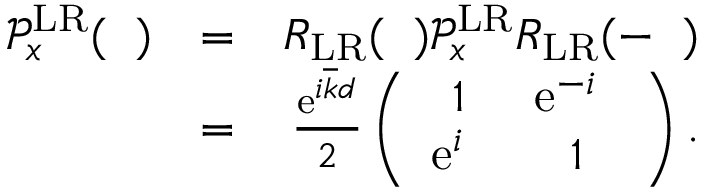
\begin{array} { r l r } { \mathcal { P } _ { x } ^ { \mathrm { L R } } ( { \it \Delta \phi } ) } & { = } & { R _ { \mathrm { L R } } ( { \it \Delta \Psi } ) \mathcal { P } _ { x } ^ { \mathrm { L R } } R _ { \mathrm { L R } } ( - { \it \Delta \Psi } ) } \\ & { = } & { \frac { \mathrm { e } ^ { i \overline { { k } } d } } { 2 } \left( \begin{array} { c c } { 1 } & { \mathrm { e } ^ { - i \it \Delta \phi } } \\ { \mathrm { e } ^ { i \it \Delta \phi } } & { 1 } \end{array} \right) . } \end{array}